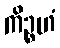
ကိဉ္စဟံ